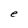
Character: e